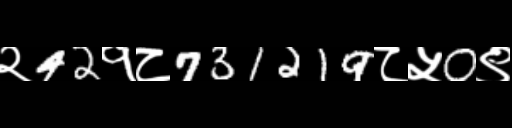
Text: २42१८731219८५0९